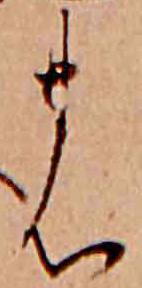
の